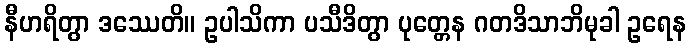
နီဟရိတွာ ဒဿေတိ။ ဥပါသိကာ ပသီဒိတွာ ပုတ္တေန ဂတဒိသာဘိမုခါ ဥရေန